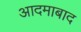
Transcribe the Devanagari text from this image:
आदमाबाद